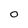
Character: 0